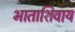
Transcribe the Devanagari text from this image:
भाताशिवाय